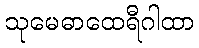
သုမေဓာထေရီဂါထာ